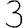
Digit: 3